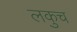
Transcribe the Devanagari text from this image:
लकुच